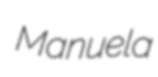
Manuela